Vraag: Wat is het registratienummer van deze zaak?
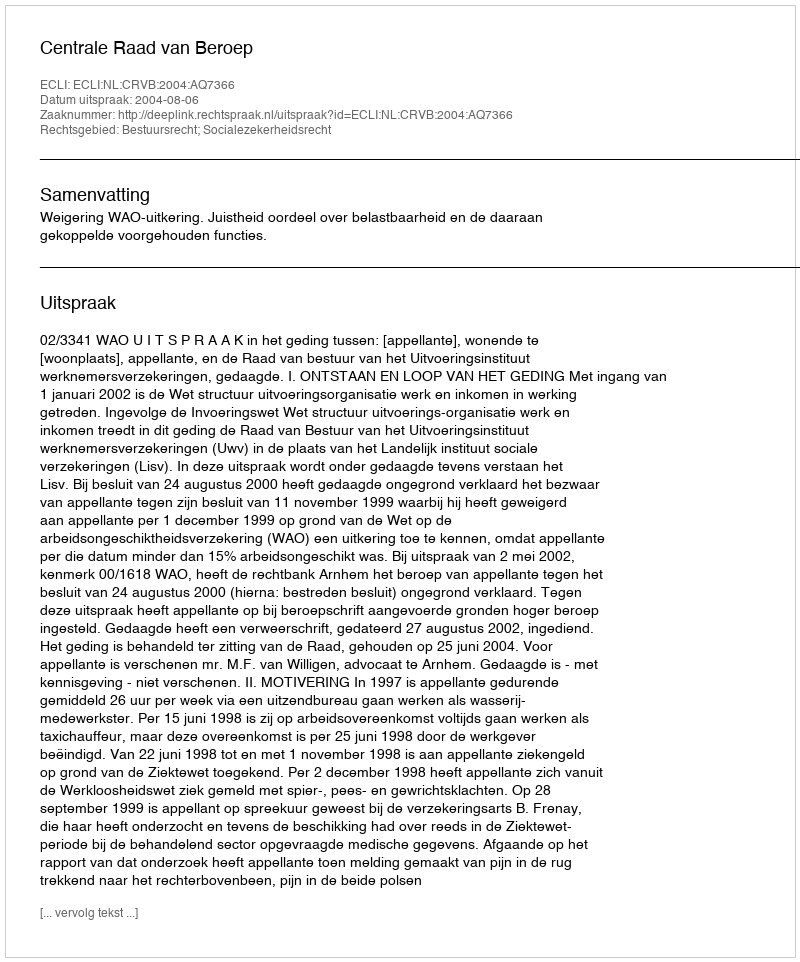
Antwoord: http://deeplink.rechtspraak.nl/uitspraak?id=ECLI:NL:CRVB:2004:AQ7366